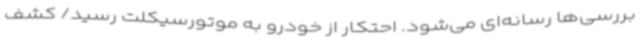
بررسی‌ها رسانه‌ای می‌شود. احتکار از خودرو به موتورسیکلت رسید/ کشف